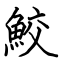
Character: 鮫